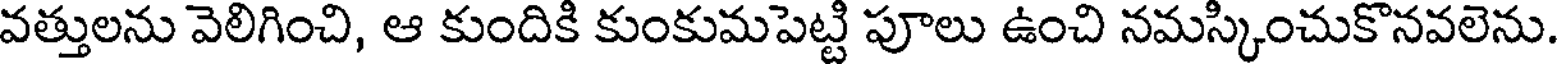
వత్తులను వెలిగించి, ఆ కుందికి కుంకుమపెట్టి పూలు ఉంచి నమస్కించుకొనవలెను.